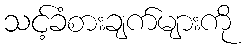
သင့်ခံစားချက်များကို